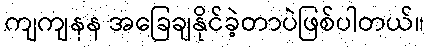
ကျကျနန အခြေချနိုင်ခဲ့တာပဲဖြစ်ပါတယ်။